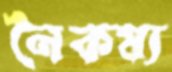
নৈকষ্য